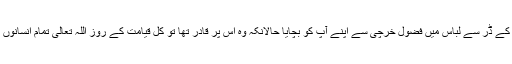
حضرت معاذ بن انسؓ روایت کرتے ہیں کہ نبی اکرم ﷺ نے ارشاد فرمایا: جس شخص نے اللہ تعالیٰ کے ڈر سے لباس میں فضول خرچی سے اپنے آپ کو بچایا حالانکہ وہ اس پر قادر تھا تو کل قیامت کے روز اللہ تعالیٰ تمام انسانوں کے سامنے اس کو بلائے گا اور جنت کے زیورات میں سے جو وہ چاہے گا اس کو پہنایا جائے گا۔